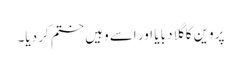
پروین کا گلا دبا یا اور اسے وہیں ختم کر دیا۔